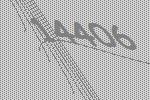
14406